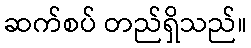
ဆက်စပ် တည်ရှိသည်။